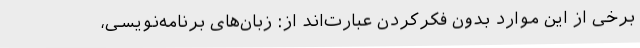
برخی از این موارد بدون فکرکردن عبارت‌اند از: زبان‌های برنامه‌نویسی،